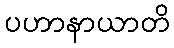
ပဟာနာယာတိ